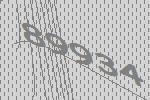
89934